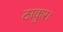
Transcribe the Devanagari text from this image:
ठाकुर।